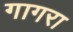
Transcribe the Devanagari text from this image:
गागरा